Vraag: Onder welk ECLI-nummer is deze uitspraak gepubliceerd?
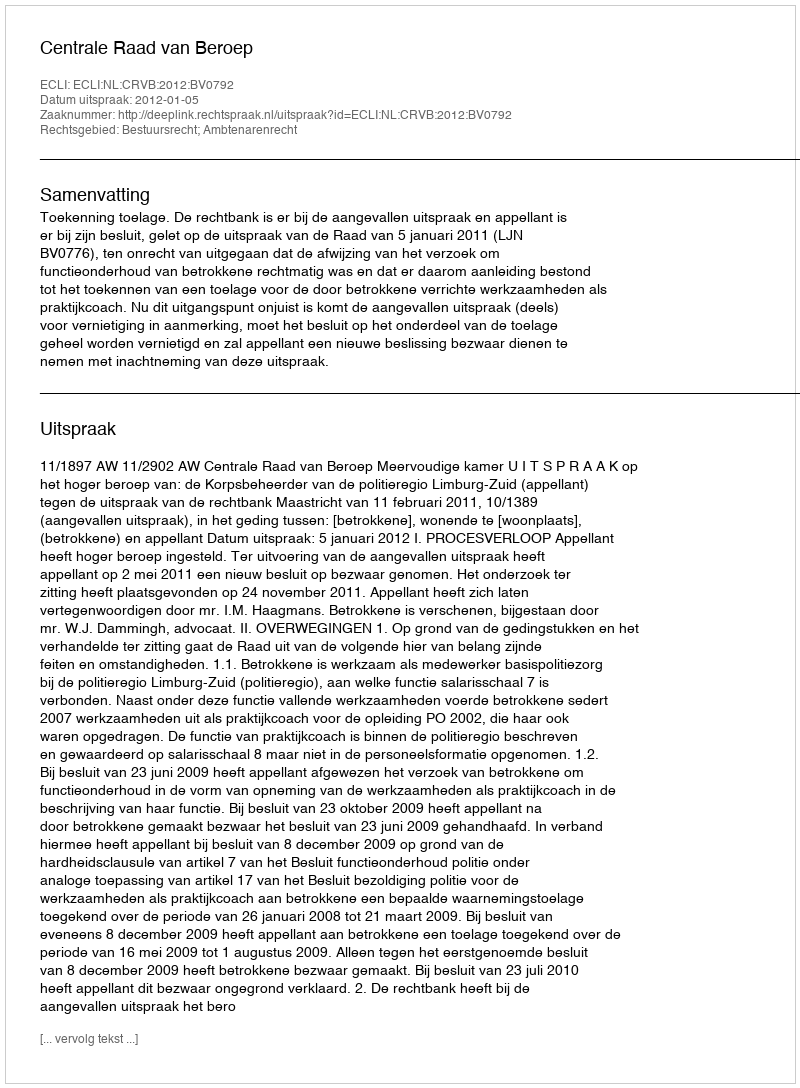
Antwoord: ECLI:NL:CRVB:2012:BV0792